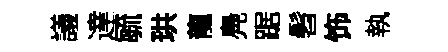
議達毓珙龍鳧踞髫饰執